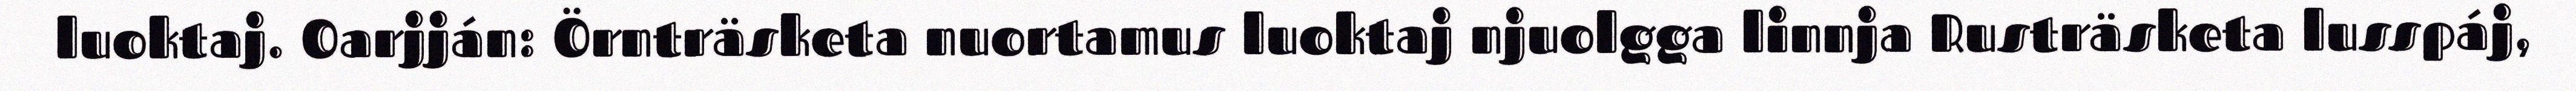
luoktaj. Oarjján: Örnträsketa nuortamus luoktaj njuolgga linnja Rusträsketa lusspáj,